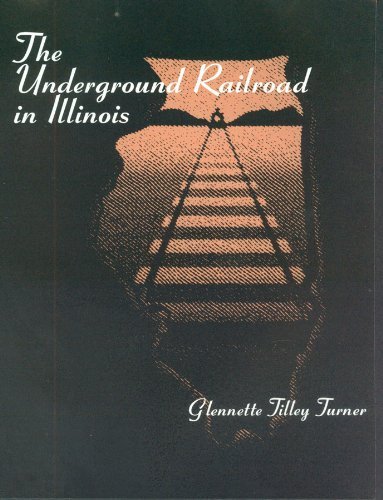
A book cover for The Underground Railroad in Illinois; Glennette Tilley Turner; Teen & Young Adult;